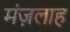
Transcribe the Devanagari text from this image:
मंज़लाह